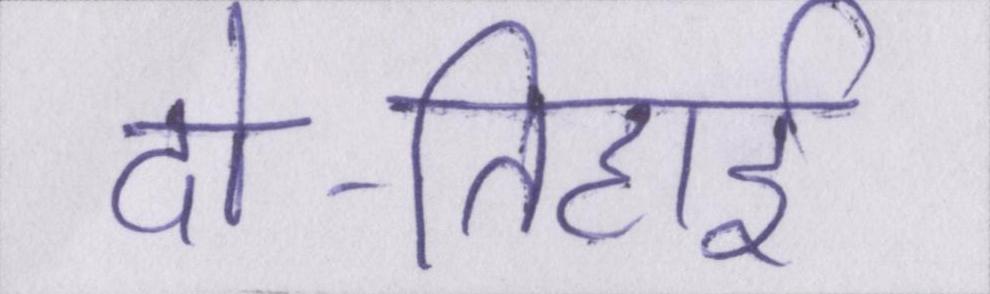
दो-तिहाई